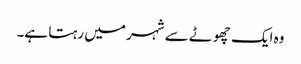
وہ ایک چھوٹے سے شہر میں رہتا ہے۔